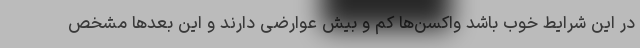
در این شرایط خوب باشد واکسن‌ها کم و بیش عوارضی دارند و این بعدها مشخص